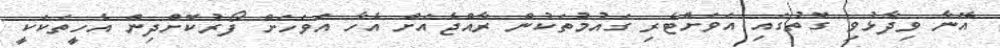
އޭނާ ވިދާޅުވި ގޮތުގައި އަވަށްޓެރި ގައުމުތަކުން ރާއްޖެއަށް އެހާ އަވަހަށް ފޯރުކޮށްދިން އެހީތަކަކީ